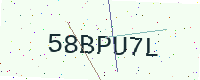
Text: 58BPU7L